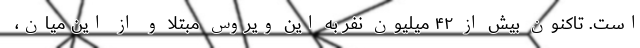
است. تاکنون بیش از ۴۲ میلیون نفر به این ویروس مبتلا و از این میان،